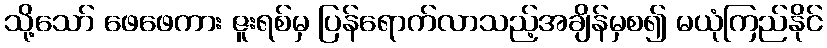
သို့သော် ဖေဖေကား ဇူးရစ်မှ ပြန်ရောက်လာသည့်အချိန်မှစ၍ မယုံကြည်နိုင်